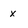
Character: x